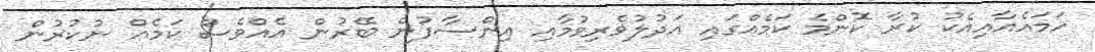
ހަމައެއާއިއެކު ކުރާ ކޮންމެ ކަމެއްގައި އަދުލުވެރިވުމާއި އިންސާފުން ބޭރުން އެއްވެސް ކަމެއް ނުކުރުން